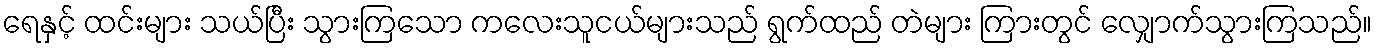
ရေနှင့် ထင်းများ သယ်ပြီး သွားကြသော ကလေးသူငယ်များသည် ရွက်ထည် တဲများ ကြားတွင် လျှောက်သွားကြသည်။